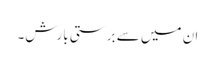
ان میں سے برستی بارش۔